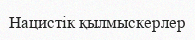
Нацистік қылмыскерлер